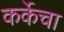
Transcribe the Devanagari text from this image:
कर्केचा